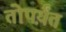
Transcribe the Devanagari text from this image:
तोपर्य़ंत